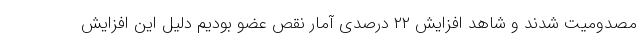
مصدومیت شدند و شاهد افزایش ۲۲ درصدی آمار نقص عضو بودیم دلیل این افزایش